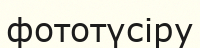
фототүсіру